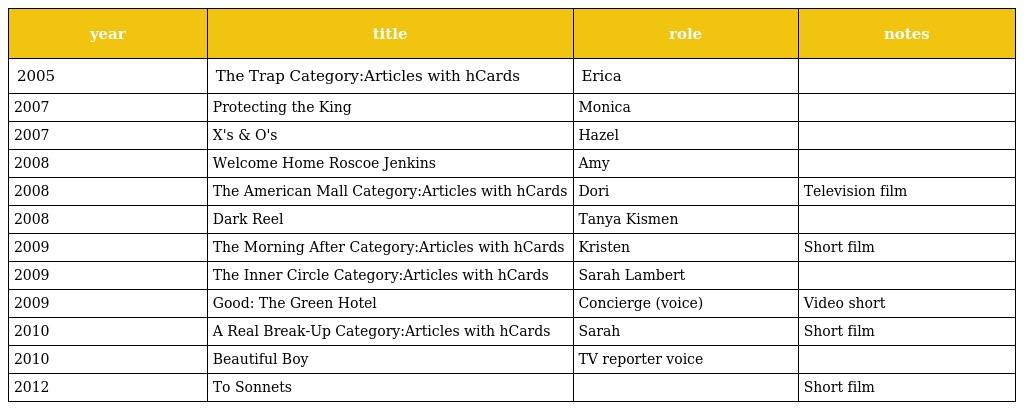
| year | title | role | notes |
 | --- | --- | --- | --- |
 | 2005 | The Trap Category:Articles with hCards | Erica |  |
 | 2007 | Protecting the King | Monica |  |
 | 2007 | X's & O's | Hazel |  |
 | 2008 | Welcome Home Roscoe Jenkins | Amy |  |
 | 2008 | The American Mall Category:Articles with hCards | Dori | Television film |
 | 2008 | Dark Reel | Tanya Kismen |  |
 | 2009 | The Morning After Category:Articles with hCards | Kristen | Short film |
 | 2009 | The Inner Circle Category:Articles with hCards | Sarah Lambert |  |
 | 2009 | Good: The Green Hotel | Concierge (voice) | Video short |
 | 2010 | A Real Break-Up Category:Articles with hCards | Sarah | Short film |
 | 2010 | Beautiful Boy | TV reporter voice |  |
 | 2012 | To Sonnets |  | Short film |